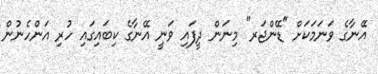
އޭނާގެ ވަނަމަކަށް "ޑޭންޖަރ" މިނަން ދީފައި ވަނީ އޭނާގެ ކިބައިގައި ހުރި އަންހެނުން